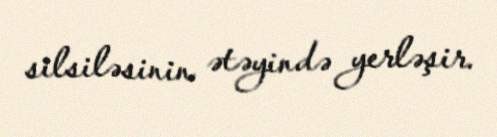
silsiləsinin ətəyində yerləşir.